画像に写った文字を読んでください
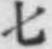
「七」と書いてあります